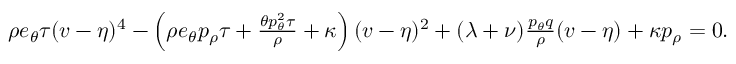
\begin{array} { r } { \rho e _ { \theta } \tau ( v - \eta ) ^ { 4 } - \left( \rho e _ { \theta } p _ { \rho } \tau + \frac { \theta p _ { \theta } ^ { 2 } \tau } { \rho } + \kappa \right) ( v - \eta ) ^ { 2 } + ( \lambda + \nu ) \frac { p _ { \theta } q } { \rho } ( v - \eta ) + \kappa p _ { \rho } = 0 . } \end{array}